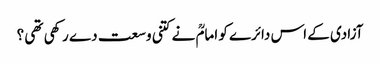
آزادی کے اس دائرے کو امامؒ نے کتنی وسعت دے رکھی تھی ؟